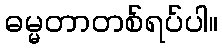
ဓမ္မတာတစ်ရပ်ပါ။